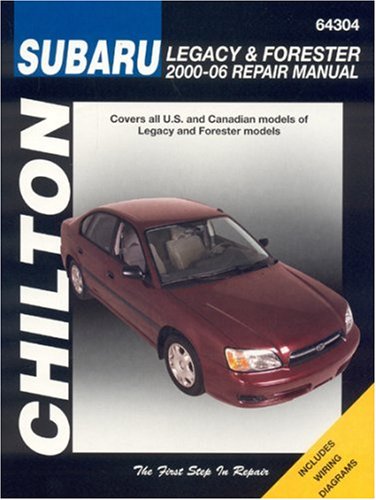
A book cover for Subaru Legacy & Forester 2000-2006 (Haynes Repair Manuals); Chilton; Engineering & Transportation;